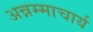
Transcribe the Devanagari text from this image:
अन्नम्माचार्य